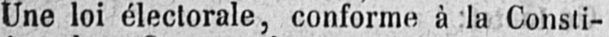
Une loi électorale, conforme à la Consti-